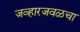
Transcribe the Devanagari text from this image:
जव्हारजवळचा